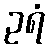
ဥရံ